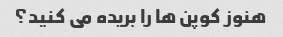
هنوز کوپن ها را بریده می کنید؟